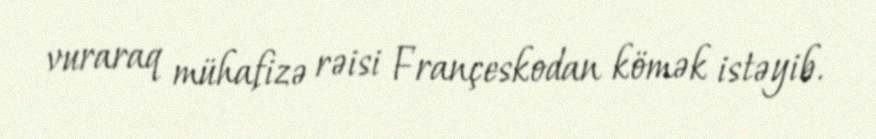
vuraraq mühafizə rəisi Françeskodan kömək istəyib.